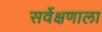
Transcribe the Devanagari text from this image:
सर्वेक्षणाला